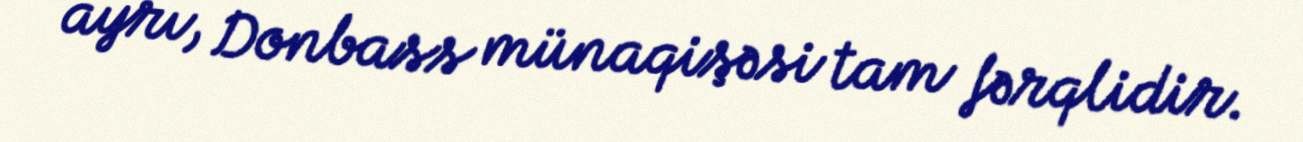
ayrı, Donbass münaqişəsi tam fərqlidir.